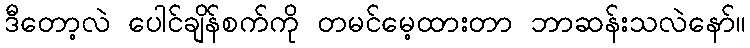
ဒီတော့လဲ ပေါင်ချိန်စက်ကို တမင်မေ့ထားတာ ဘာဆန်းသလဲနော်။